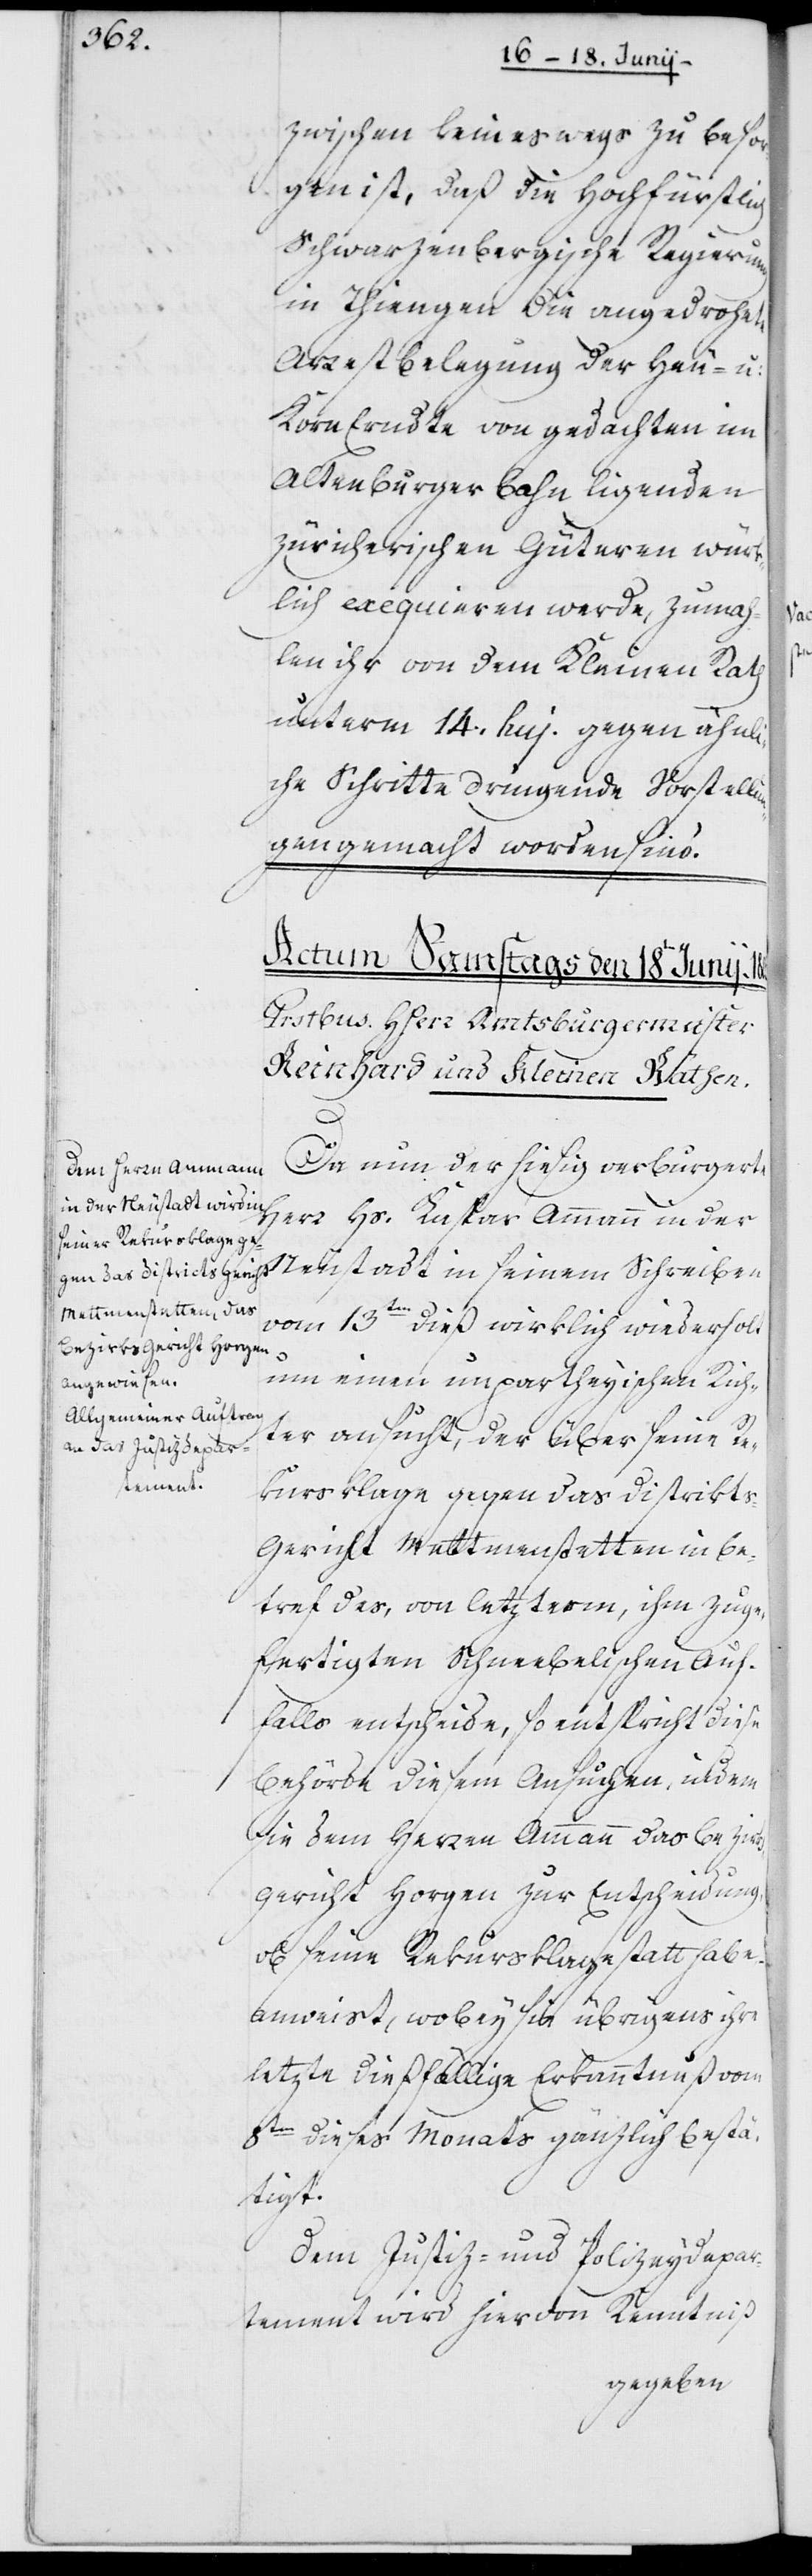
zwischen keineswegs zu besor¬
gen ist, daß die Hochfürstlich
Schwarzenbergische Regierung
in Thiengen die angedrohete
Arrestbelegung der Heu- u:
Korn-Erndte von gedachten im
Altenburger Bahn ligenden
zürcherischen Güteren wür¬
klich exequieren werde, zumah¬
len ihr von dem Kleinen Rath
unterm 14. huj. gegen ähnli¬
che Schritte dringende Vorstellun¬
gen gemacht worden sind.
Neustadt in seinem Schreiben
Da nun der hiesig verburgerte
Herr Hs. Kaspar Ammann in der
vom 13ten dieß wirklich wiederholt
um einen unpartheyischen Rich¬
ter ansucht, der über seine Re¬
kursklage gegen das District¬
s-Gericht Mettmenstetten in Be¬
tref des, von letzterm, ihm zuge¬
fertigten Schneebelischen Auf¬
falls entscheide, so entspricht diese
Behörde diesem Ansuchen, indem
sie dem Herren Ammann das Bezirks¬
gericht Horgen zur Entscheidung,
ob seine Rekursklage statt habe,
anweist, wobey sie übrigens ihre
letzte dießfällige Erkanntnuß vom
8ten dieses Monats gänzlich bestä¬
tigt.
Dem Justiz- und Polizeydepar¬
tement wird hiervon Kenntniß